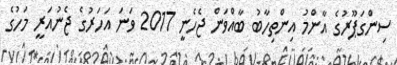
ސިންގަޕޫރުގެ އާންމު އިންތިހާބު ބާއްވަން ޖެހެނީ 2017 ވަނަ އަހަރުގެ ޖެނުއަރީ މަހުގެ